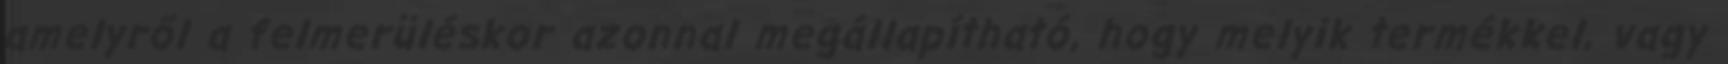
amelyről a felmerüléskor azonnal megállapítható, hogy melyik termékkel, vagy